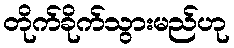
တိုက်ခိုက်သွားမည်ဟု